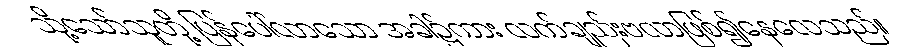
သို့သော်သူတို့ ပြန်ပေါ်လာသော အခါ၌ကား လက်ချည်းဗလာဖြစ်၍နေလေသည်။